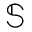
\mathbb { S }